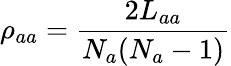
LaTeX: \rho_{aa}=\frac{2L_{aa}}{N_{a}(N_{a}-1)}